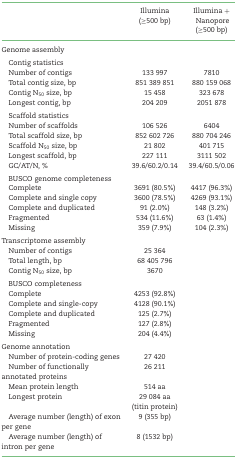
<table><thead><tr><td></td><td><b>Illumina (≥500 bp)</b></td><td><b>Illumina + Nanopore (≥500 bp)</b></td></tr></thead><tbody><tr><td>Genome assembly</td><td></td><td></td></tr><tr><td> Contig statistics</td><td></td><td></td></tr><tr><td> Number of contigs</td><td>133 997</td><td>7810</td></tr><tr><td> Total contig size, bp </td><td>851 389 851</td><td>880 159 068</td></tr><tr><td> Contig N<sub>50</sub> size, bp</td><td>15 458</td><td>323 678</td></tr><tr><td> Longest contig, bp</td><td>204 209</td><td>2051 878</td></tr><tr><td> Scaffold statistics</td><td></td><td></td></tr><tr><td> Number of scaffolds</td><td>106 526</td><td>6404</td></tr><tr><td> Total scaffold size, bp</td><td>852 602 726</td><td>880 704 246</td></tr><tr><td> Scaffold N<sub>50</sub> size, bp</td><td>21 802</td><td>401 715</td></tr><tr><td> Longest scaffold, bp</td><td>227 111</td><td>3111 502</td></tr><tr><td> GC/AT/N, %</td><td>39.6/60.2/0.14</td><td>39.4/60.5/0.06</td></tr><tr><td> BUSCO genome completeness</td><td></td><td></td></tr><tr><td> Complete</td><td>3691 (80.5%)</td><td>4417 (96.3%)</td></tr><tr><td> Complete and single copy</td><td>3600 (78.5%)</td><td>4269 (93.1%)</td></tr><tr><td> Complete and duplicated</td><td>91 (2.0%)</td><td>148 (3.2%)</td></tr><tr><td> Fragmented</td><td>534 (11.6%)</td><td>63 (1.4%)</td></tr><tr><td> Missing</td><td>359 (7.9%)</td><td>104 (2.3%)</td></tr><tr><td>Transcriptome assembly</td><td></td><td></td></tr><tr><td> Number of contigs</td><td>25 364</td><td></td></tr><tr><td> Total length, bp</td><td>68 405 796</td><td></td></tr><tr><td> Contig N<sub>50</sub> size, bp</td><td>3670</td><td></td></tr><tr><td> BUSCO completeness</td><td></td><td></td></tr><tr><td> Complete</td><td>4253 (92.8%)</td><td></td></tr><tr><td> Complete and single-copy</td><td>4128 (90.1%)</td><td></td></tr><tr><td> Complete and duplicated</td><td>125 (2.7%)</td><td></td></tr><tr><td> Fragmented</td><td>127 (2.8%)</td><td></td></tr><tr><td> Missing</td><td>204 (4.4%)</td><td></td></tr><tr><td>Genome annotation</td><td></td><td></td></tr><tr><td> Number of protein-coding genes</td><td>27 420</td><td></td></tr><tr><td> Number of functionally annotated proteins</td><td>26 211</td><td></td></tr><tr><td> Mean protein length</td><td>514 aa</td><td></td></tr><tr><td> Longest protein</td><td>29 084 aa (titin protein)</td><td></td></tr><tr><td> Average number (length) of exon per gene</td><td>9 (355 bp)</td><td></td></tr><tr><td> Average number (length) of intron per gene</td><td>8 (1532 bp)</td><td></td></tr></tbody></table>